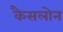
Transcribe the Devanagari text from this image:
कैसलोन